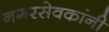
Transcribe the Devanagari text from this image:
नगरसेवकांनी